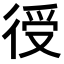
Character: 𢔏